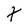
Character: t